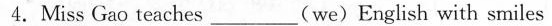
4.Miss Gao teaches___(we)English with smiles